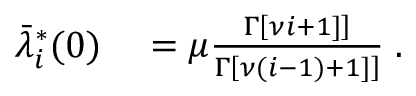
\begin{array} { r l } { \bar { \lambda } _ { i } ^ { * } ( 0 ) } & { { } = \mu \frac { \Gamma \left[ \nu i + 1 ] \right] } { \Gamma \left[ \nu ( i - 1 ) + 1 ] \right] } \; . } \end{array}